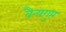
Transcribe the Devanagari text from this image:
वैन्यगुप्त